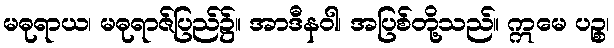
မဓုရာယ၊ မဓုရာဇ်ပြည်၌။ အာဒီနဝါ၊ အပြစ်တို့သည်။ ဣမေ ပဉ္စ၊